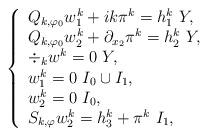
LaTeX: \begin{align*}\left\{\begin{array}{l}Q_{k,\varphi_{0} } w_1^k + ik \pi^k = h_{1}^{k} \ Y,\\Q_{k,\varphi_{0}} w_2^k + \partial_{x_2} \pi^k = h_{2}^{k} \ Y,\\\div_{k} w^{k}= 0 \ Y,\\w_1^k=0 \ I_{0}\cup I_{1},\\w_2^k=0 \ I_{0},\\S_{k,\varphi} w_2^k = h_{3}^{k}+ \pi^k \ I_{1},\end{array}\right.\end{align*}